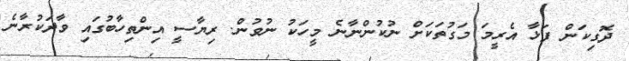
ދޮގިކަން ފަޅާ އެރީމަ މަގުތަކަށް ނުކުންނާނެ މީހަކު ނުވުން. ރިޔާސީ އިންތިހާބުގައި ވާދަކުރާނެ